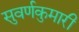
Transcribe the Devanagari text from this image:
सुवर्णकुमारी